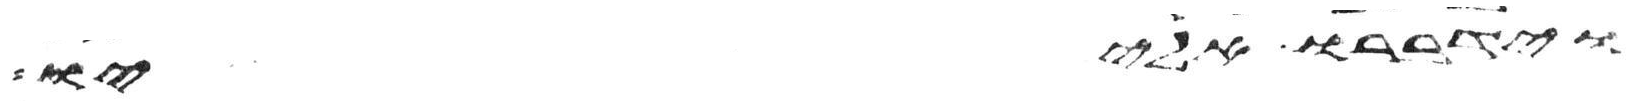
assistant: וידברו אליו